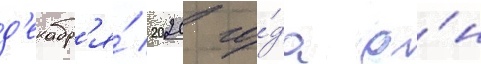
д'екабр'я́ 2020 го́да о́н